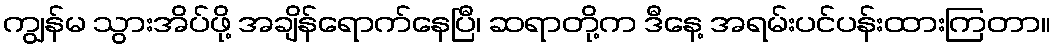
ကျွန်မ သွားအိပ်ဖို့ အချိန်ရောက်နေပြီ၊ ဆရာတို့က ဒီနေ့ အရမ်းပင်ပန်းထားကြတာ။